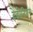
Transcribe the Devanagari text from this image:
हेडोनिजम